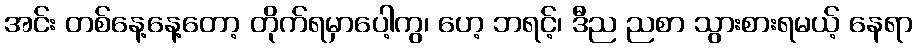
အင်း တစ်နေ့နေ့တော့ တိုက်ရမှာပေါ့ကွ၊ ဟေ့ ဘရင့်၊ ဒီည ညစာ သွားစားရမယ့် နေရာ